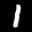
Label: 1